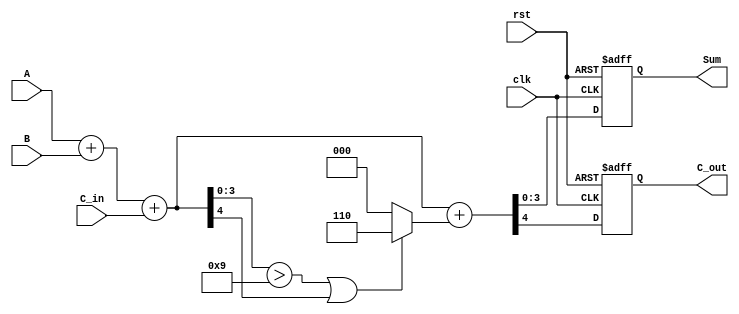
module BCD_Synchronous_Adder (
    input  wire [3:0] A,       // First BCD operand
    input  wire [3:0] B,       // Second BCD operand
    input  wire C_in,          // Carry input
    input  wire clk,           // Clock input
    input  wire rst,           // Reset input
    output reg  [3:0] Sum,     // BCD output sum
    output reg  C_out          // Carry output
);

    wire [4:0] Full_Sum;       // 5-bit to hold the full sum including carry
    wire [4:0] Adjusted_Sum;   // To hold the adjusted sum after BCD correction
    wire Correction;            // Signal indicating if correction is needed

    // Initial sum calculation
    assign Full_Sum = A + B + C_in;

    // BCD Correction Logic
    assign Correction = (Full_Sum[3:0] > 4'b1001) || (Full_Sum[4]);

    // Adjusted sum calculation
    assign Adjusted_Sum = Full_Sum + (Correction ? 5'b00110 : 5'b00000);

    // Output logic
    always @(posedge clk or posedge rst) begin
        if (rst) begin
            Sum <= 4'b0000;   // Reset the sum
            C_out <= 1'b0;    // Reset carry out
        end else begin
            Sum <= Adjusted_Sum[3:0]; // Assign the lower 4 bits to Sum
            C_out <= Adjusted_Sum[4];  // Assign the carry out from the adjusted sum
        end
    end

endmodule